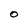
Character: O